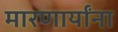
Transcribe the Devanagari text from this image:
मारणार्यांना